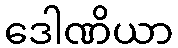
ဒေါဏိယာ